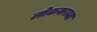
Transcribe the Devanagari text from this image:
लोककत्था